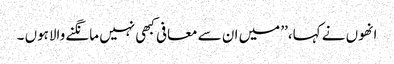
انھوں نے کہا،’’ میں ان سے معافی کبھی نہیں مانگنے والاہوں ۔